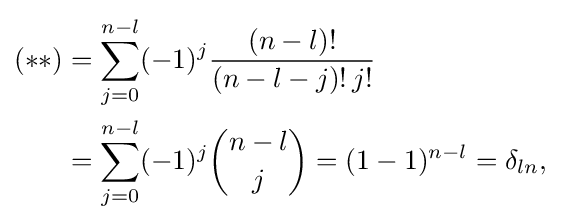
{\begin{aligned}(**)&=\sum _{j=0}^{n-l}(-1)^{j}{\frac {(n-l)!}{(n-l-j)!\,j!}}\\&=\sum _{j=0}^{n-l}(-1)^{j}{\binom {n-l}{j}}=(1-1)^{n-l}=\delta _{ln},\end{aligned}}